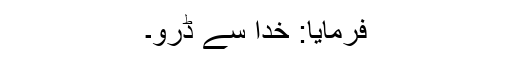
فرمایا: خدا سے ڈرو۔